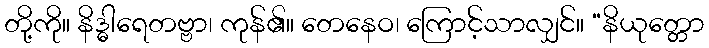
တို့ကို။ နိဒ္ဓါရေတဗ္ဗာ၊ ကုန်၏။ တေနေဝ၊ ကြောင့်သာလျှင်။ “နိယုတ္တော